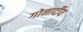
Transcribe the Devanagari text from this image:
गोनार्दीय